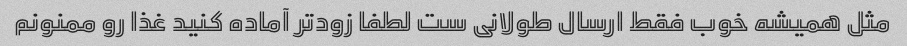
مثل همیشه خوب فقط ارسال طولانی ست لطفا زود‌تر آماده کنید غذا رو ممنونم